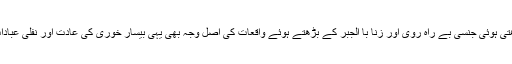
نوجوانو ں میں بڑھتی ہوئی جنسی بے راہ روی اور زنا با الجبر کے بڑھتے ہوئے واقعات کی اصل وجہ بھی یہی بیسار خوری کی عادت اور نفلی عبادات سے دوری ہے۔